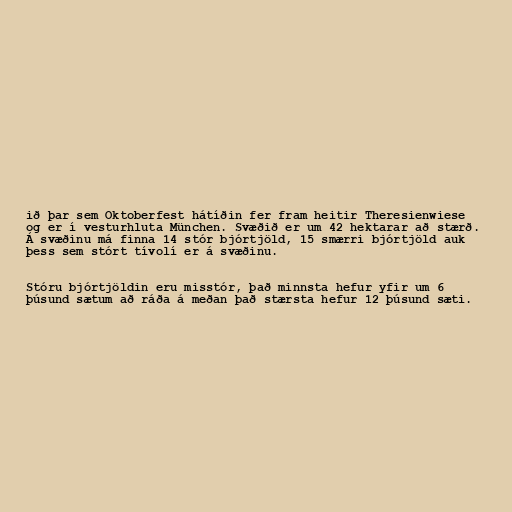
ið þar sem Oktoberfest hátíðin fer fram heitir Theresienwiese
og er í vesturhluta München. Svæðið er um 42 hektarar að stærð.
Á svæðinu má finna 14 stór bjórtjöld, 15 smærri bjórtjöld auk
þess sem stórt tívolí er á svæðinu.

Stóru bjórtjöldin eru misstór, það minnsta hefur yfir um 6
þúsund sætum að ráða á meðan það stærsta hefur 12 þúsund sæti.